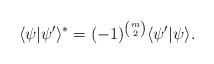
\begin{align*}\langle\psi|\psi^{\prime}\rangle^{\ast}=(-1)^{{m \choose 2}}\langle\psi^{\prime}|\psi\rangle.\end{align*}